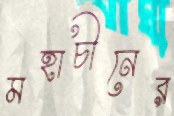
মহাচীনের